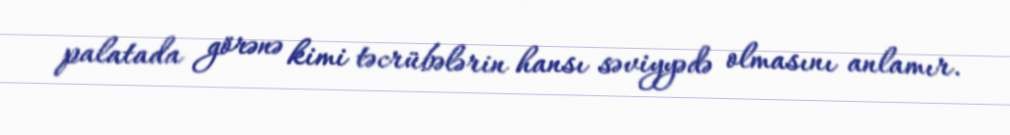
palatada görənə kimi təcrübələrin hansı səviyyədə olmasını anlamır.